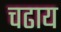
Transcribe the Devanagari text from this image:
चढाय